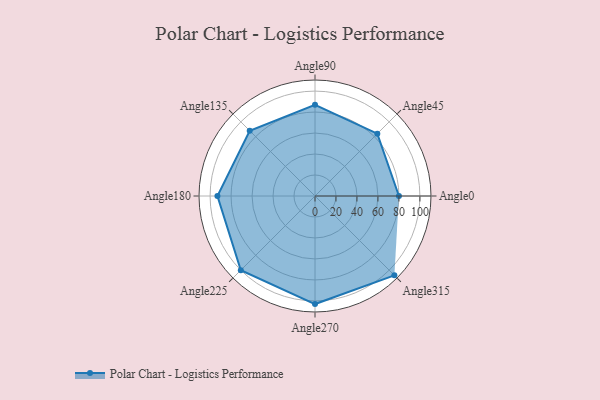
{"axis": {"x": "Angle", "y": "Radius"}, "legend": [""], "data": [{"x": "Angle0", "y": 80.0, "type": ""}, {"x": "Angle45", "y": 84.0, "type": ""}, {"x": "Angle90", "y": 87.0, "type": ""}, {"x": "Angle135", "y": 88.0, "type": ""}, {"x": "Angle180", "y": 93.0, "type": ""}, {"x": "Angle225", "y": 100.0, "type": ""}, {"x": "Angle270", "y": 103.0, "type": ""}, {"x": "Angle315", "y": 107.0, "type": ""}]}